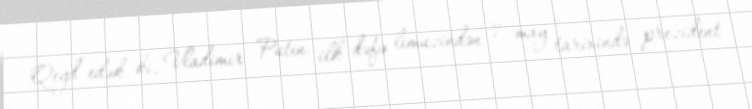
Qeyd edək ki, Vladimir Putin ilk dəfə limuzindən 7 may tarixində prezident